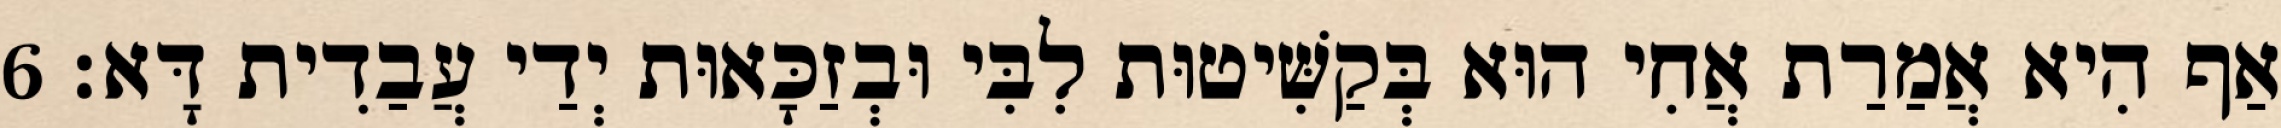
אַף הִיא אֲמַרַת אֲחִי הוּא בְּקַשִּׁיטוּת לִבִּי וּבְזַכָּאוּת יְדַי עֲבַדִית דָּא׃ 6